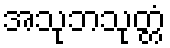
အသုဘသုတ္တံ